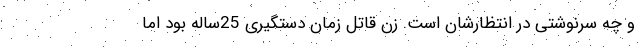
و چه سرنوشتی در انتظارشان است. زن قاتل زمان دستگیری 25ساله بود اما